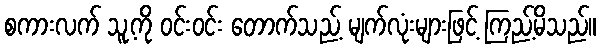
စကားလက် သူ့ကို ဝင်းဝင်း တောက်သည့် မျက်လုံးများဖြင့် ကြည့်မိသည်။